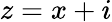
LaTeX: z=x+i